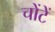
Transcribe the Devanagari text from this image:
चोंटें